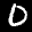
Label: 0